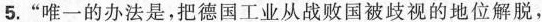
5.“唯一的办法是，把德国工业从战败国被歧视的地位解脱，